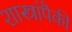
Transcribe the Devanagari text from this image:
शास्त्रांपैकी